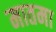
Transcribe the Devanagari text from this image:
मातमा